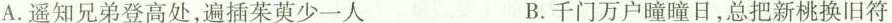
A.遥知兄弟登高处，遍插茱萸少一人 B.千门万户瞳瞳日，总把新桃换旧符